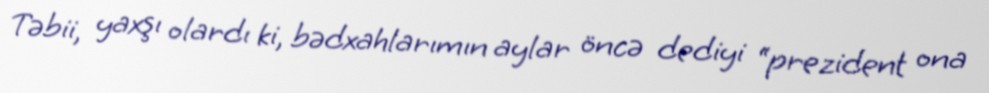
Təbii, yaxşı olardı ki, bədxahlarımın aylar öncə dediyi “prezident ona